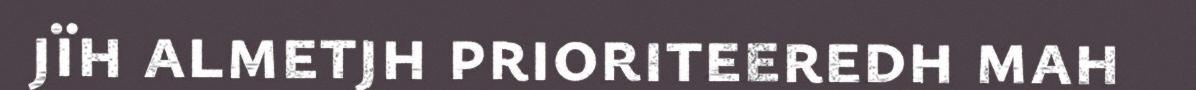
jïh almetjh prioriteeredh mah